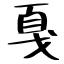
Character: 戛